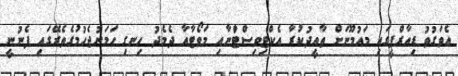
އެވަގުތު ޑިއާރްޕީގައި މައުމޫނަށް ތާއީދުކުރާ އެކްޓިވިސްޓްުނާއި މަވޯޓާއާ ދެމެދު ހިނގި ހަމަނުޖެހުމުގެތެރޭގައި ފެނުނީ